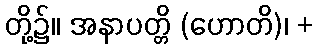
တို့၌။ အနာပတ္တိ (ဟောတိ)၊ +